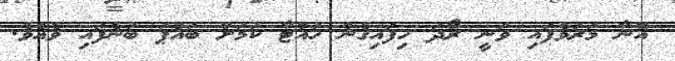
އޭނާ މަރުވެފައި ވަނީ ރޯދަ ހިފައިގެން ހުއްޓާ ކަމަށް ބައްޕަ ބުނެފައި ވެއެވެ.